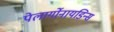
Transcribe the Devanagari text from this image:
पेलार्गोनायडिन्स